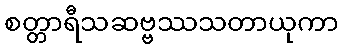
စတ္တာရီသဆဗ္ဗဿသတာယုကာ